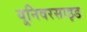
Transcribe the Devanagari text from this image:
यूनिवरसाइड